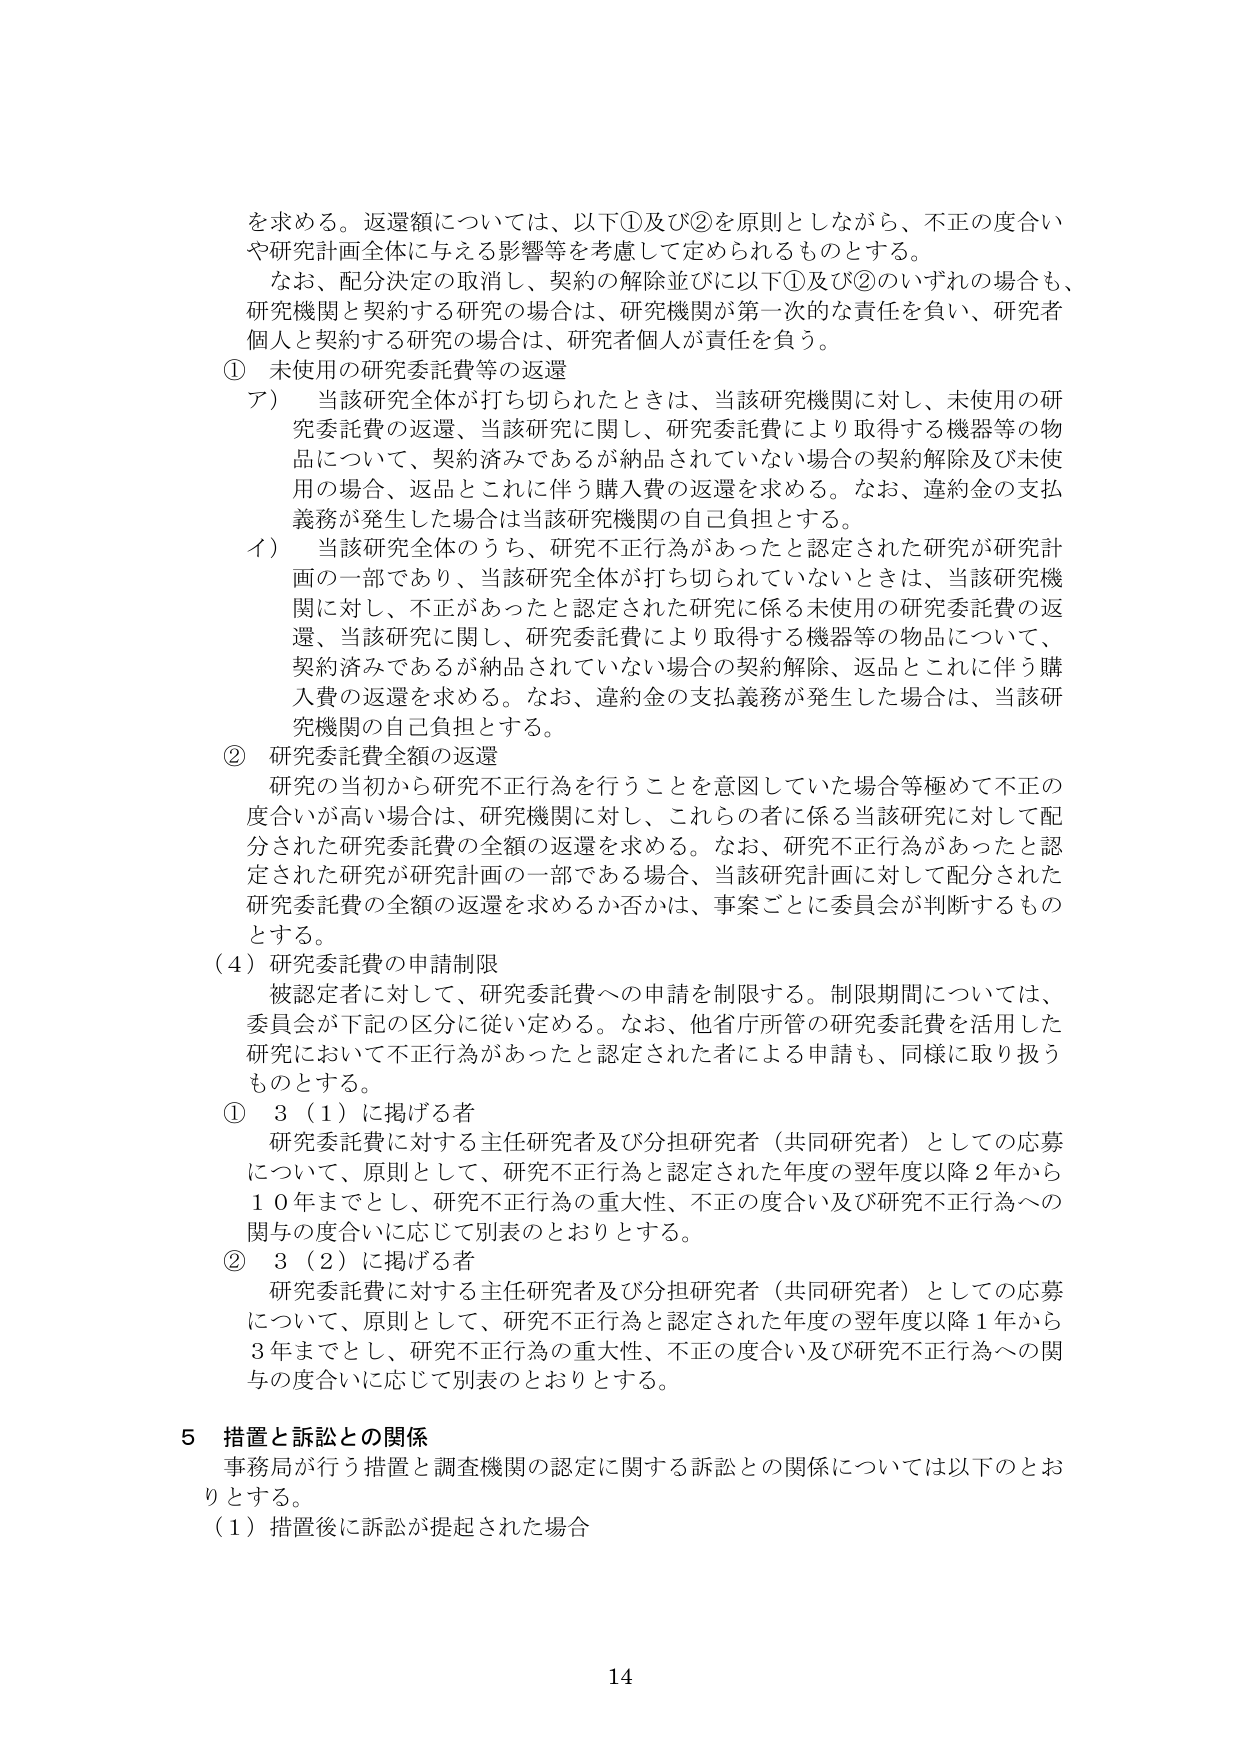
を求める。返還額については、以下①及び②を原則としながら、不正の度合い
や研究計画全体に与える影響等を考慮して定められるものとする。
なお、配分決定の取消し、契約の解除並びに以下①及び②のいずれの場合も、
研究機関と契約する研究の場合は、研究機関が第一次的な責任を負い、研究者
個人と契約する研究の場合は、研究者個人が責任を負う。
① 未使用の研究委託費等の返還
ア） 当該研究全体が打ち切られたときは、当該研究機関に対し、未使用の研
究委託費の返還、当該研究に関し、研究委託費により取得する機器等の物
品について、契約済みであるが納品されていない場合の契約解除及び未使
用の場合、返品とこれに伴う購入費の返還を求める。なお、違約金の支払
義務が発生した場合は当該研究機関の自己負担とする。
イ） 当該研究全体のうち、研究不正行為があったと認定された研究が研究計
画の一部であり、当該研究全体が打ち切られていないときは、当該研究機
関に対し、不正があったと認定された研究に係る未使用の研究委託費の返
還、当該研究に関し、研究委託費により取得する機器等の物品について、
契約済みであるが納品されていない場合の契約解除、返品とこれに伴う購
入費の返還を求める。なお、違約金の支払義務が発生した場合は、当該研
究機関の自己負担とする。
② 研究委託費全額の返還
研究の当初から研究不正行為を行うことを意図していた場合等極めて不正の
度合いが高い場合は、研究機関に対し、これらの者に係る当該研究に対して配
分された研究委託費の全額の返還を求める。なお、研究不正行為があったと認
定された研究が研究計画の一部である場合、当該研究計画に対して配分された
研究委託費の全額の返還を求めるか否かは、事案ごとに委員会が判断するもの
とする。
（4）研究委託費の申請制限
被認定者に対して、研究委託費への申請を制限する。制限期間については、
委員会が下記の区分に従い定める。なお、他省庁所管の研究委託費を活用した
研究において不正行為があったと認定された者による申請も、同様に取り扱う
ものとする。
① 3（1）に掲げる者
研究委託費に対する主任研究者及び分担研究者（共同研究者）としての応募
について、原則として、研究不正行為と認定された年度の翌年度以降2年から
10年までとし、研究不正行為の重大性、不正の度合い及び研究不正行為への
関与の度合いに応じて別表のとおりとする。
② 3（2）に掲げる者
研究委託費に対する主任研究者及び分担研究者（共同研究者）としての応募
について、原則として、研究不正行為と認定された年度の翌年度以降1年から
3年までとし、研究不正行為の重大性、不正の度合い及び研究不正行為への関
与の度合いに応じて別表のとおりとする。
5 措置と訴訟との関係
事務局が行う措置と調査機関の認定に関する訴訟との関係については以下のとお
りとする。
（1）措置後に訴訟が提起された場合
14